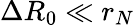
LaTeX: \Delta R_{0}\ll r_{N}